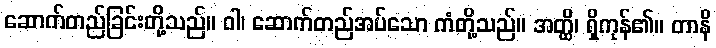
ဆောက်တည်ခြင်းတို့သည်။ ဝါ၊ ဆောက်တည်အပ်သော ကံတို့သည်။ အတ္ထိ၊ ရှိကုန်၏။ တာနိ